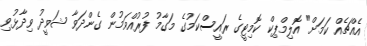
އެއްޗެއް ކަމަށް" އޮލިމްޕިކް ކޮމިޓީގެ ރައީސްކަމުގެ މަގާމު ފުރުއްވަމުން ގެންދަވާ ޝަވީދު ވިދާޅުވި